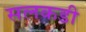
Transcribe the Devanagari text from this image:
सलकडी